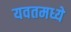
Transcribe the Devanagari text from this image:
यवतमध्ये